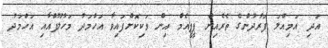
އަދި އަމިއްލަ ފަރުދުންގެ ތެރެއިން ޕީޕީއެމް އިން ވަކިކޮށްފައިވާ އަހްމަދު މަހުލޫފްއާއި އަހްމަދު